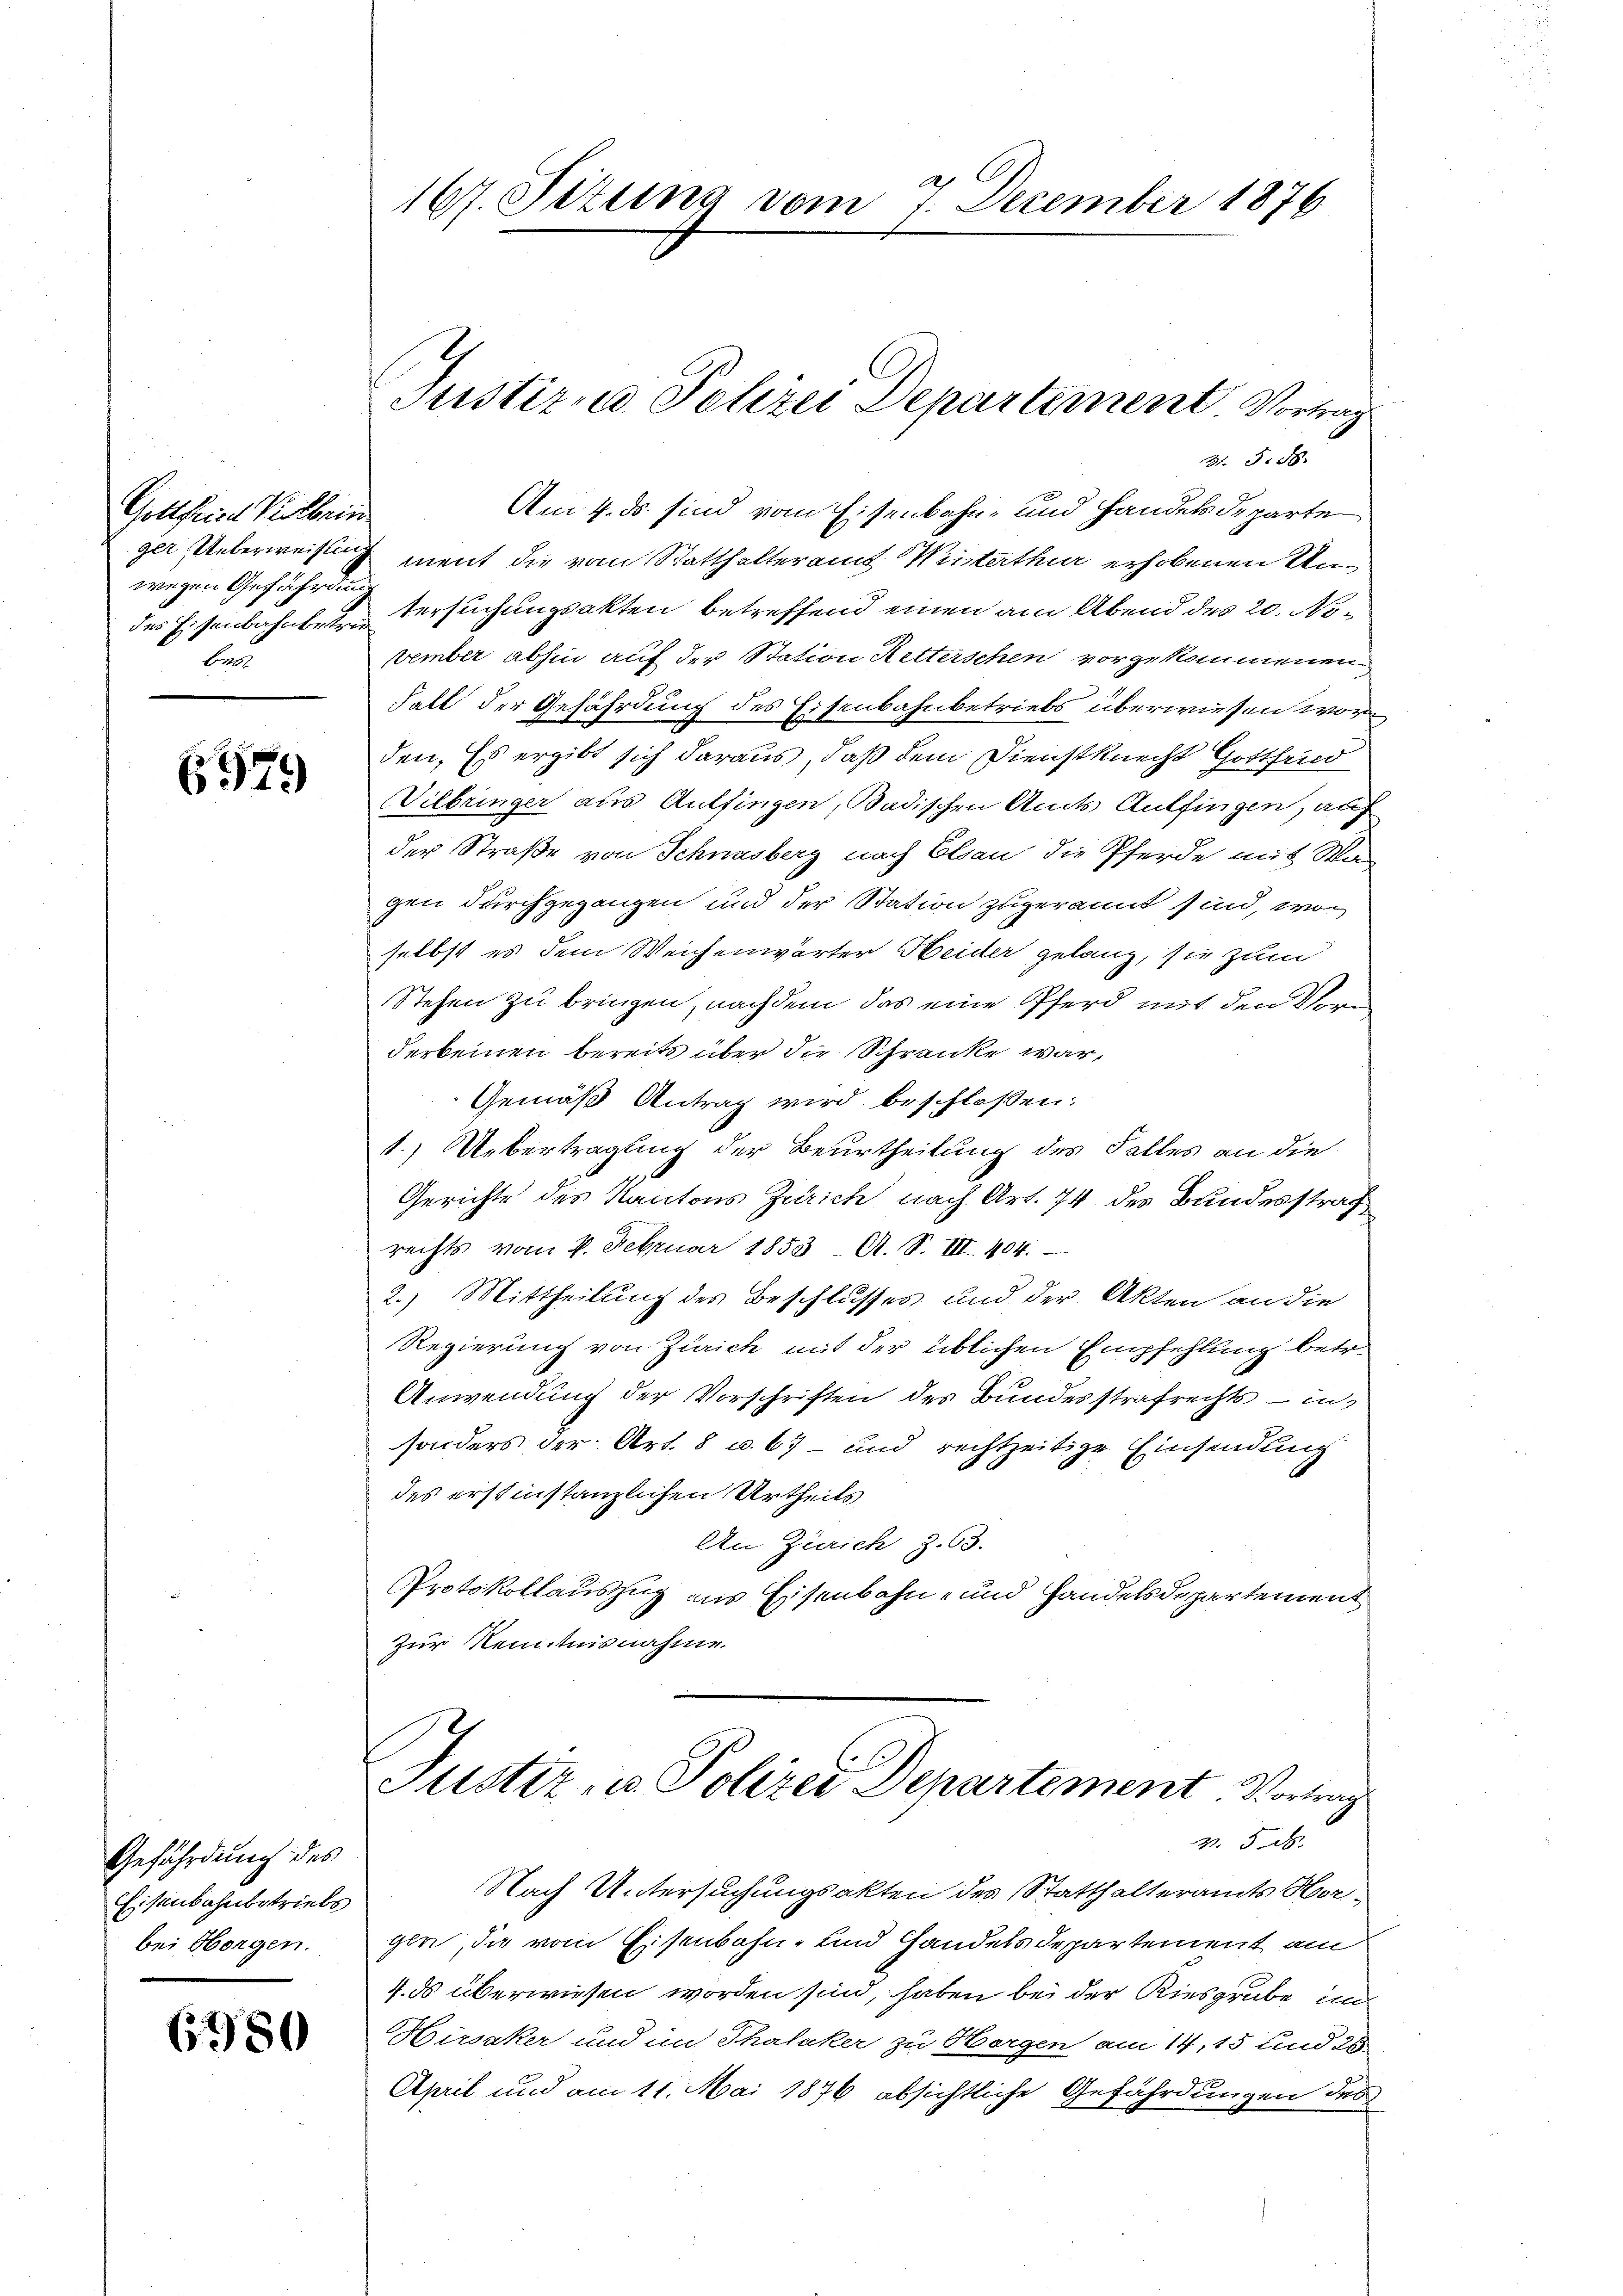
Gottfried Kolbein
wegen Gefährdung
bes

697.

Gefährdung des
Eisenbahnbetriebs
bei Horgen.

6980

B. 5. 58.
Am 4. ds. sind vom Eisenbahn- und Handelsdeparte
ger Unterweisung ment die vom Statthalteramt Winterthur erhobenen Umdes Eisenbahnbetr. Versuchungsakten betreffend einen am Abend des 20. November abhin auf der Station Ketterschen vorgekommenen
Fall der Gefährdung des Eisenbahnbetriebs überwiesen worden, Es ergibt sich daraus, daß dem Dienstknecht Gottfrid
Vilbringer aus Auffingen, Badischen Amts Auffingen, auf
der Straße von Schnasberg nach Elsau die Pferde mit Wa
gen durchgegangen und der Station zugerannt sind, wor
selbst es dem Weichenwärter Heider gelang, sie zum
Stehen zu bringen, nachdem das eine Pferd mit den Vorderkeinen bereits über die Schranke war,
Gemäß Antrag wird beschloßen:
1.) Uebertragung der Beurtheilung des Falles an die
Gerichte des Kantons Zürich nach Art. 74 des Bundesstraf
rechts vom 4. Februar 1853 A. S. III. 404.
2.) Mittheilung des Beschlusses und der Akten an die
Regierung von Zürich mit der üblichen Empfehlung betr.
Anwendung der Vorschriften des Bundesstrafrechts - in
sonders der Art. 8 u. 67 und rechtzeitige Einsendung
des erstinstanzlichen Urtheils
An. Zürich Z. 63.
Protokollauszug aus Eisenbahn- und Handelsdepartement
Zur Kenntnisnahme.

167. Sizung vom 7. December 1876

Justiz, Polizei Departement. Vortrag

Justiz- u. Polizei Departement. Vortrag
2.5.2.

Nach Untersuchungsakten des Statthalteramts Horgle, die vom Eisenbahn- und Handels Departement am
4. ds überwiesen worden sind, haben bei der Kiesgrube im
Hirsaker und im Thalaker zu Horgen am 14,15 und 28.
April und am 11. Mai 1876 absichtliche Gefährdungen des